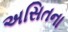
અસિતના